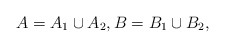
\begin{align*} A = A_1 \cup A_2, B = B_1 \cup B_2, \end{align*}